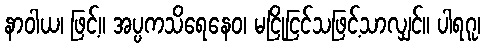
နာဝါယ၊ ဖြင့်။ အပ္ပကသိရေနေဝ၊ မငြိုငြင်သဖြင့်သာလျှင်။ ပါရဂူ၊